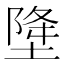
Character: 𱗘